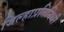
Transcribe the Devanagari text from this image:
जिल्हाप्रतिनिधी